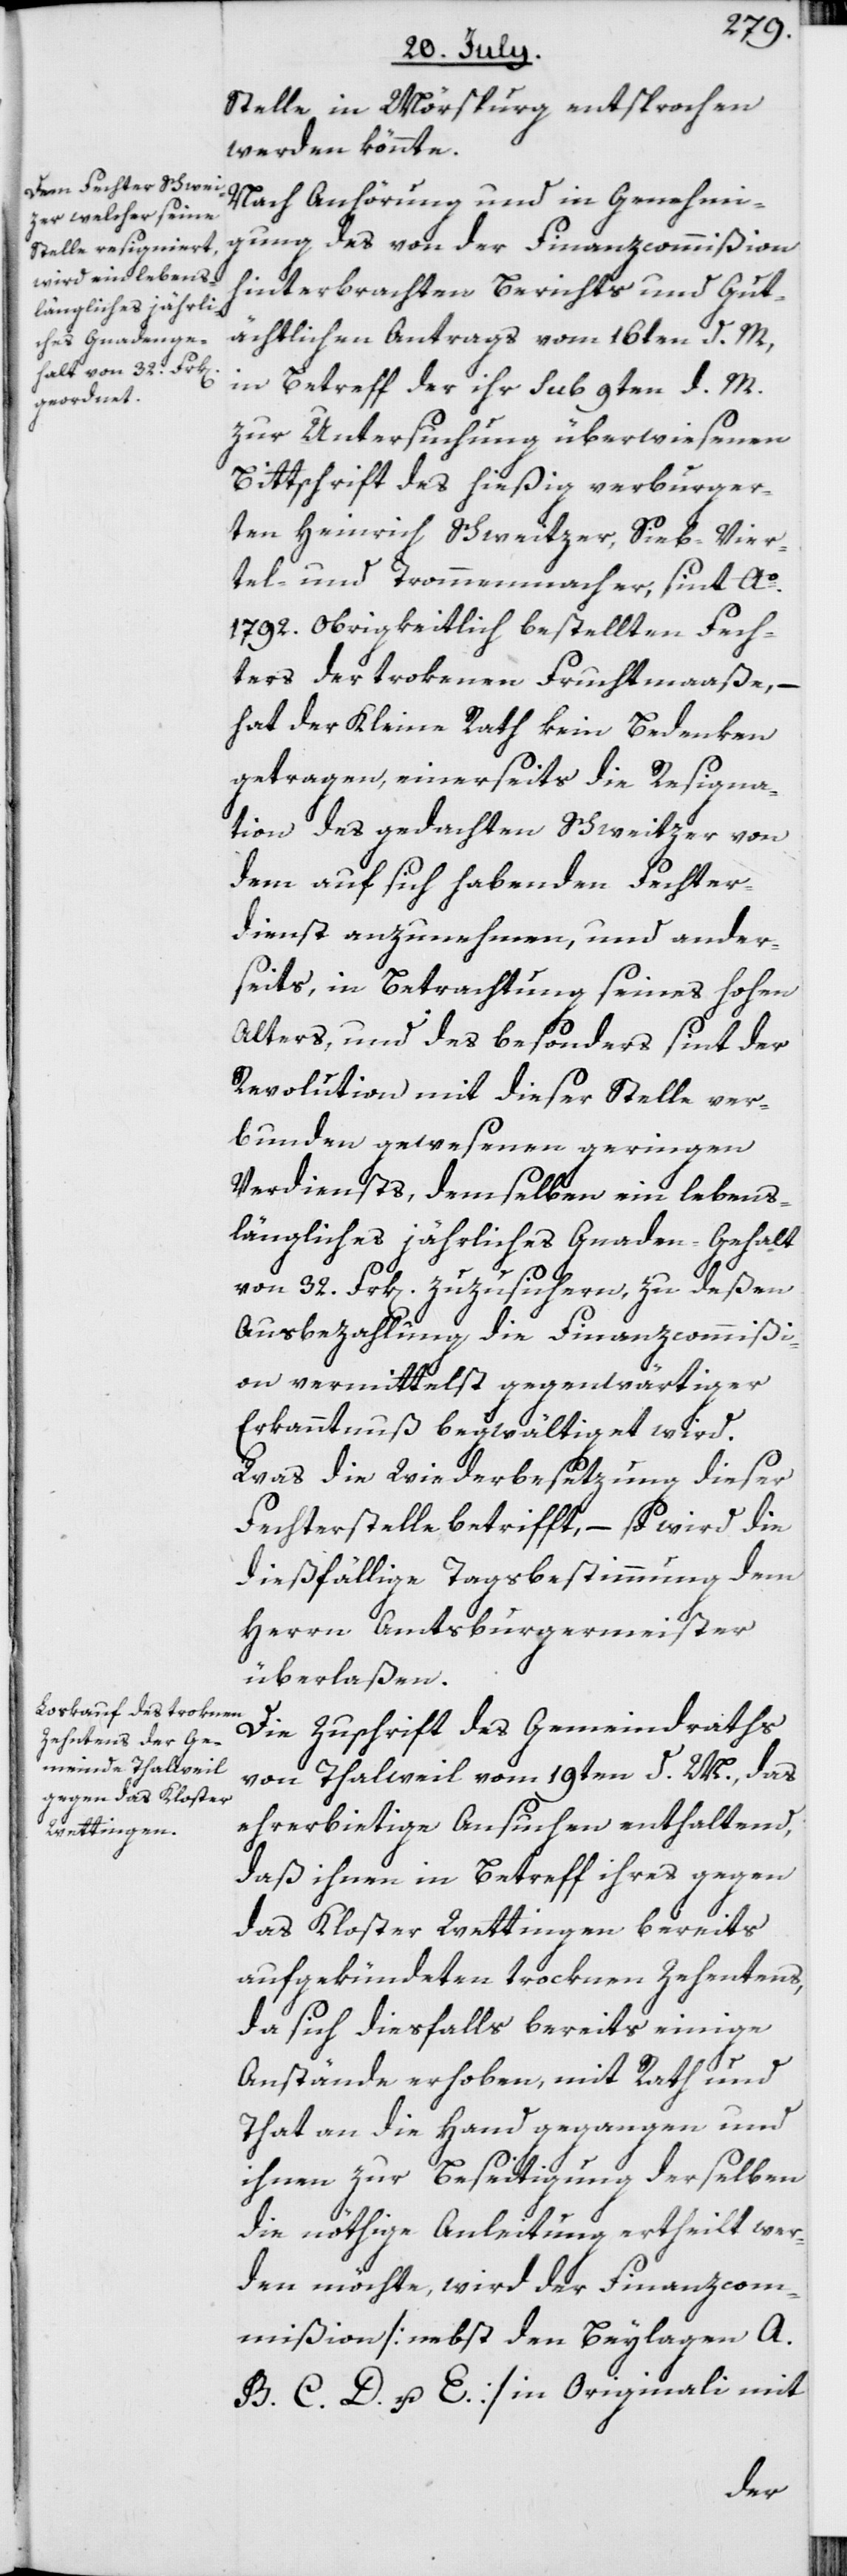
Stelle in Mörspurg entsprochen
werden könnte.
Nach Anhörung und in Genehmi¬
gung des von der Finanzcommißion
hinterbrachten Berichts und Gut¬
ächtlichen Antrags vom 16ten d. M,
in Betreff der ihr sub 9ten d. M.
zur Untersuchung überwiesenen
Bittschrift des hießig verburger¬
ten Heinrich Schweitzer [sic!], Sie¬
tel- und Trommenmacher, sint Ao.
1792. Obrigkeitlich bestellten Fech¬
ters der trokenen Fruchtmaaße, –
hat der Kleine Rath kein Bedenken
getragen, einerseits die Resigna¬
tion des gedachten Schweitzer von
dem auf sich habenden Fechter¬
dienst anzunehmen, und ander¬
seits, in Betrachtung seines hohen
Alters, und des besonders sint der
Revolution mit dieser Stelle ver¬
bunden gewesenen geringen
Verdiensts, demselben ein lebens¬
längliches jährliches Gnaden-Gehalt
von 32. Frk[en]. zuzusichern, zu deßen
Ausbezahlung die Finanzcommißi¬
on vermittelst gegenwärtiger
Erkanntnuß begwältiget wird.
Was die Wiederbesetzung dieser
Fechterstelle betrifft, – so wird die
dießfällige Tagsbestimmung dem
Herrn Amtsburgermeister
überlaßen.
Die Zuschrift des Gemeindraths
von Thalweil vom 19ten d. M., das
ehrerbietige Ansuchen enthaltend,
daß ihnen in Betreff ihres gegen
das Kloster Wettingen bereits
aufgekündeten trocknen Zehentens,
da sich diesfalls bereits einige
Anstände erhoben, mit Rath und
That an die Hand gegangen und
ihnen zur Beseitigung derselben
die nöthige Anleitung ertheilt wer¬
den möchte, wird der Finanzcom¬
mißion [nebst den Beylagen A.
B. C. D. u. E.] in Originali mit
Vier¬